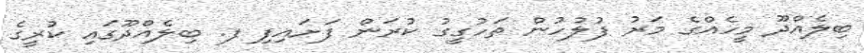
ބިލެއްދޫ މީހެއްގެ މަރު ފުލުހުން ތަހުގީގު ކުރަން ފަށައިފި ފ. ބިލެއްދޫގައި ކުރީގެ